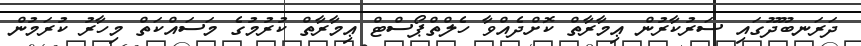
ދަރަނބޫދޫގައި ސަރުކާރުން ޢިމާރާތް ކޮށްދެއްވާ ހެލްތްޕޯސްޓް ޢިމާރާތް ކުރުމުގެ މަސައްކަތް މިހާރު ކުރަމުން